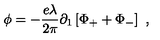
\phi = - \frac { e \lambda } { 2 \pi } \partial _ { 1 } \left[ \Phi _ { + } + \Phi _ { - } \right] \ ,